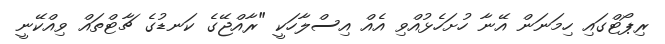
ރިޕޯޓްގައި ހިމަނަން އޭނާ ހުށަހެޅުއްވި އެއް އިސްލާހަކީ "ރާއްޖޭގެ ކަނޑުގެ ޗާޓްތައް ވިއްކޭނީ